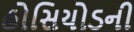
હોસિયોડની